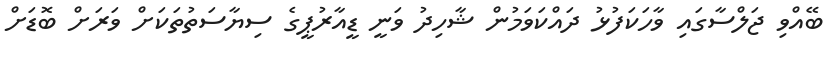
ބޭއްވި ޖަލްސާގައި ވާހަކަފުޅު ދައްކަވަމުން ޝާހިދު ވަނީ ޑީއާރުޕީގެ ސިޔާސަތުތަކަށް ވަރަށް ބޮޑަށް